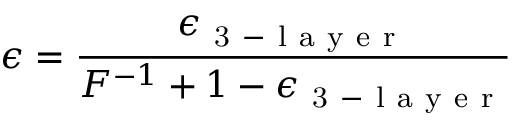
\epsilon = \frac { \epsilon _ { \mathrm { ~ 3 ~ - ~ l ~ a ~ y ~ e ~ r ~ } } } { F ^ { - 1 } + 1 - \epsilon _ { \mathrm { ~ 3 ~ - ~ l ~ a ~ y ~ e ~ r ~ } } }